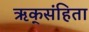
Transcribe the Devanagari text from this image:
ऋक्‌संहिता